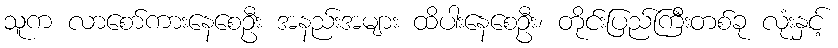
သူက လာစော်ကားနေစေဦး အနည်းအများ ထိပါးနေစေဦး၊ တိုင်းပြည်ကြီးတစ်ခု လုံးနှင့်